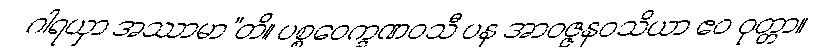
ဂါရယှာ အဿာမာ”တိ။ ပစ္စဝေက္ခဏဝသီ ပန အာဝဇ္ဇနဝသိယာ ဧဝ ဝုတ္တာ။